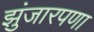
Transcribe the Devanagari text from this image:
झुंजारपणा